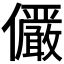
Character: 𫤌